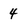
Character: 4